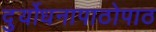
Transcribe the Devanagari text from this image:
दुर्योधनापाठोपाठ